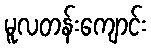
မူလတန်းကျောင်း